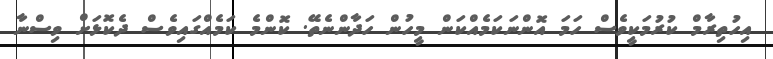
އިހުތިރާމް ކުރުމަކީވެސް ހަމަ އޮންނަކަމެއްކަން މީހުން ހަދާންނެތޭ. ކޮންމެ ކަމެއްގައިވެސް ދެކޮޅަށް ވިސްނާ